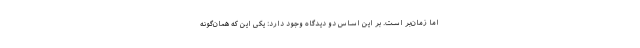
اما زمان‌بر است. بر این اساس دو دیدگاه وجود دارد: یکی این که همان‌گونه